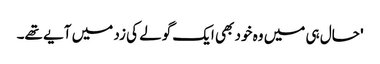
' حال ہی میں وہ خود بھی ایک گولے کی زد میں آیے تھے۔